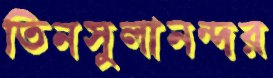
তিনসুলানন্দর